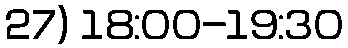
27) 18:00-19:30